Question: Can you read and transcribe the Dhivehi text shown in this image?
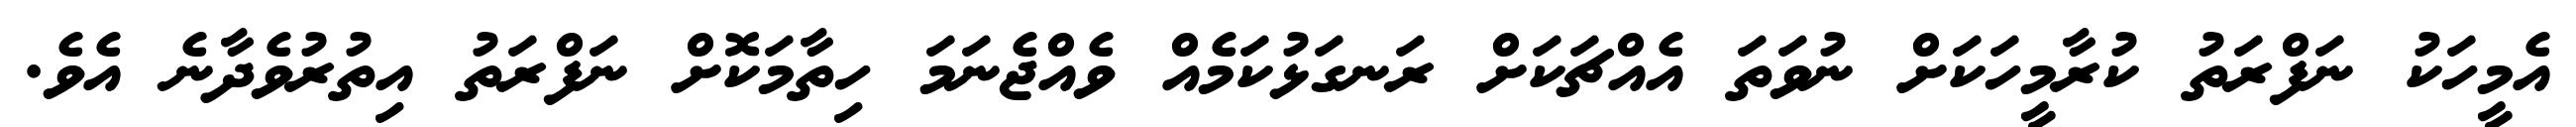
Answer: އެމީހަކު ނަފްރަތު ކުރާމީހަކަށް ނުވަތަ އެއްޗަކަށް ރަނގަޅުކަމެއް ވެއްޖެނަމަ ހިތާމަކޮށް ނަފްރަތު އިތުރުވެދާނެ އެވެ.